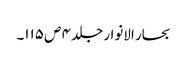
بحار الانوار جلد ۴ ص ۱۱۵۔